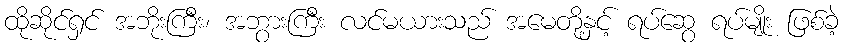
ထိုဆိုင်ရှင် အဘိုးကြီး၊ အဘွားကြီး လင်မယားသည် အမေတို့နှင့် ရပ်ဆွေ ရပ်မျိုး ဖြစ်ခဲ့